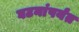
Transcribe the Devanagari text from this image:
घटनांपर्यंत